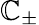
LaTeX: \mathbb{C}_{\pm}